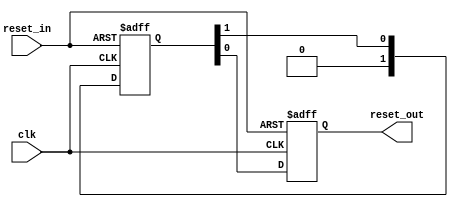
// (C) 2001-2013 Altera Corporation. All rights reserved.
// Your use of Altera Corporation's design tools, logic functions and other 
// software and tools, and its AMPP partner logic functions, and any output 
// files any of the foregoing (including device programming or simulation 
// files), and any associated documentation or information are expressly subject 
// to the terms and conditions of the Altera Program License Subscription 
// Agreement, Altera MegaCore Function License Agreement, or other applicable 
// license agreement, including, without limitation, that your use is for the 
// sole purpose of programming logic devices manufactured by Altera and sold by 
// Altera or its authorized distributors.  Please refer to the applicable 
// agreement for further details.


// $Id: //acds/rel/13.0sp1/ip/merlin/altera_reset_controller/altera_reset_synchronizer.v#1 $
// $Revision: #1 $
// $Date: 2013/03/07 $
// $Author: swbranch $

// -----------------------------------------------
// Reset Synchronizer
// -----------------------------------------------
`timescale 1 ns / 1 ns

module altera_reset_synchronizer
#(
    parameter ASYNC_RESET = 1,
    parameter DEPTH       = 2
)
(
    input   reset_in /* synthesis ALTERA_ATTRIBUTE = "SUPPRESS_DA_RULE_INTERNAL=R101" */,

    input   clk,
    output  reset_out
);

    // -----------------------------------------------
    // Synchronizer register chain. We cannot reuse the
    // standard synchronizer in this implementation 
    // because our timing constraints are different.
    //
    // Instead of cutting the timing path to the d-input 
    // on the first flop we need to cut the aclr input.
    // 
    // We omit the "preserve" attribute on the final
    // output register, so that the synthesis tool can
    // duplicate it where needed.
    // -----------------------------------------------
    (*preserve*) reg [DEPTH-1:0] altera_reset_synchronizer_int_chain;
    reg altera_reset_synchronizer_int_chain_out;

    generate if (ASYNC_RESET) begin

        // -----------------------------------------------
        // Assert asynchronously, deassert synchronously.
        // -----------------------------------------------
        always @(posedge clk or posedge reset_in) begin
            if (reset_in) begin
                altera_reset_synchronizer_int_chain <= {DEPTH{1'b1}};
                altera_reset_synchronizer_int_chain_out <= 1'b1;
            end
            else begin
                altera_reset_synchronizer_int_chain[DEPTH-2:0] <= altera_reset_synchronizer_int_chain[DEPTH-1:1];
                altera_reset_synchronizer_int_chain[DEPTH-1] <= 0;
                altera_reset_synchronizer_int_chain_out <= altera_reset_synchronizer_int_chain[0];
            end
        end

        assign reset_out = altera_reset_synchronizer_int_chain_out;
     
    end else begin

        // -----------------------------------------------
        // Assert synchronously, deassert synchronously.
        // -----------------------------------------------
        always @(posedge clk) begin
            altera_reset_synchronizer_int_chain[DEPTH-2:0] <= altera_reset_synchronizer_int_chain[DEPTH-1:1];
            altera_reset_synchronizer_int_chain[DEPTH-1] <= reset_in;
            altera_reset_synchronizer_int_chain_out <= altera_reset_synchronizer_int_chain[0];
        end

        assign reset_out = altera_reset_synchronizer_int_chain_out;
 
    end
    endgenerate

endmodule